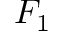
F _ { 1 }